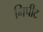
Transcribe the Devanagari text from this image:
निपीट